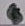
Text: 4